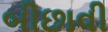
બીછાવી